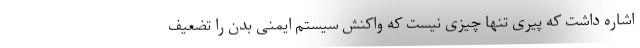
اشاره داشت که پیری تنها چیزی نیست که واکنش سیستم ایمنی بدن را تضعیف